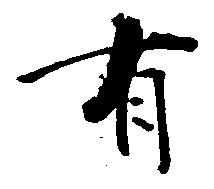
有